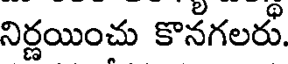
నిర్ణయించు కొనగలరు.